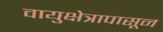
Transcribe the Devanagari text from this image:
वायुक्षेत्रापासून